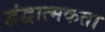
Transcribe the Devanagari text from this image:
द्वंद्वात्मकता